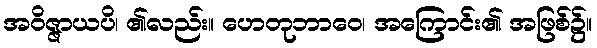
အဝိဇ္ဇာယပိ၊ ၏လည်း။ ဟေတုဘာဝေ၊ အကြောင်း၏ အဖြစ်၌။